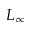
L _ { \infty }